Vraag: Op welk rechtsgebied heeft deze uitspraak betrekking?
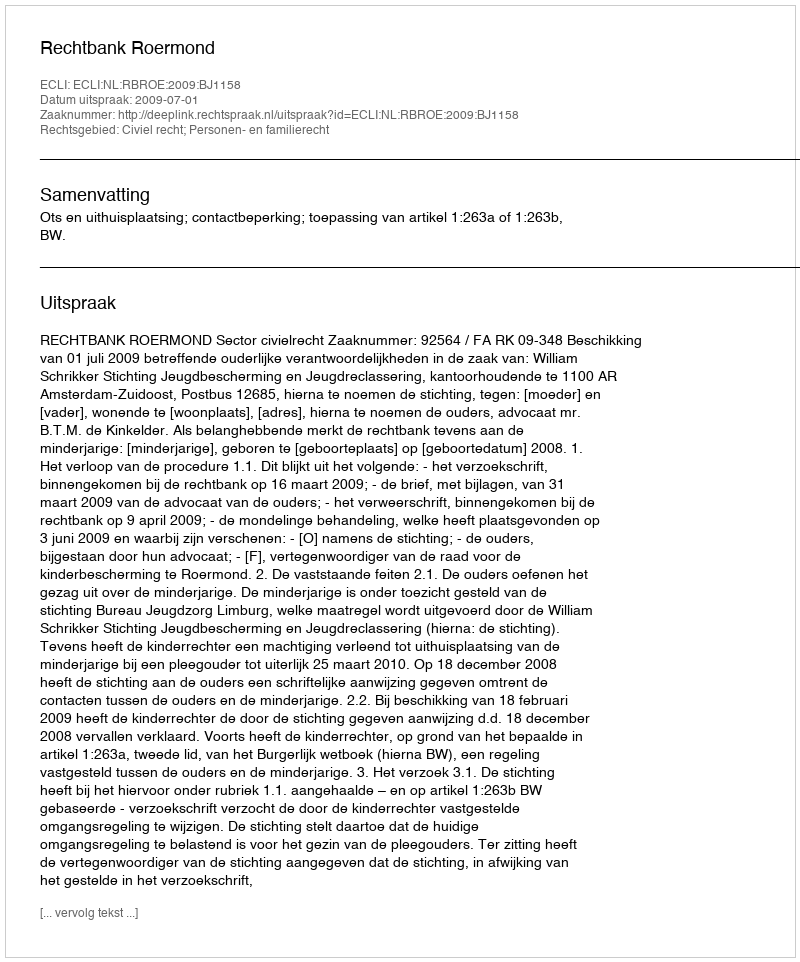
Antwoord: Civiel recht; Personen- en familierecht